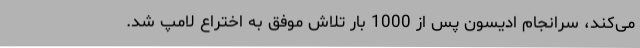
می‌کند، سرانجام ادیسون پس از 1000 بار تلاش موفق به اختراع لامپ شد.